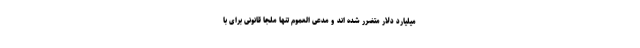
میلیارد دلار متضرر شده اند و مدعی العموم تنها ملجا قانونی برای با